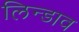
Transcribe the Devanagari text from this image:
लिन्डाव